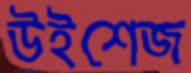
উইশেজ